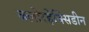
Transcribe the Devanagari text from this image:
क्लोरहेक्सिडीन